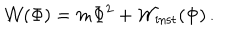
{ \cal W } ( \Phi ) = m \Phi ^ { 2 } + { \cal W } _ { \mathrm { i n s t } } ( \Phi ) \, .